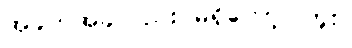
အခက်အခဲလည်း မရှိတော့ပါဘူး။